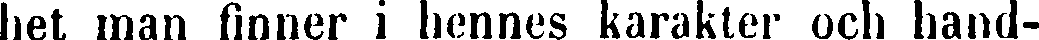
het man finner i hennes karakter och hand-